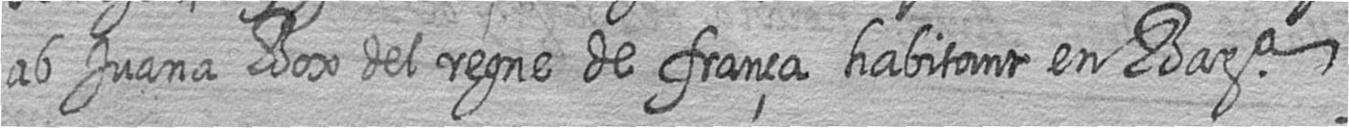
ab Juana Box del regne de frança habitant en Bara